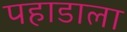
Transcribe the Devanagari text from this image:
पहाडाला